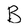
Character: B